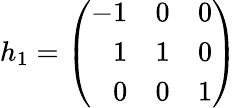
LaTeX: h_{1}=\left(\begin{array}{rrr}{{-1}}&{{0}}&{{0}}\\ {{1}}&{{1}}&{{0}}\\ {{0}}&{{0}}&{{1}}\end{array}\right)